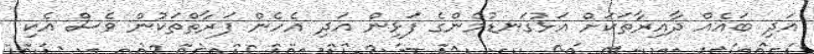
އަދި ބައެއް ދާއިރާތަކަށް އަޅުގަނޑުމެންގެ ފަޅިން އަދި އެހެން ފަރާތްތަކުން ވެސް އެކި